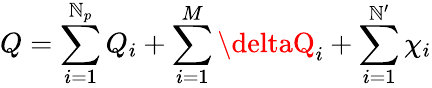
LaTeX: Q=\sum_{i=1}^{\mathbb{N}_{p}}Q_{i}+\sum_{i=1}^{M}\deltaQ_{i}+\sum_{i=1}^{\mathbb{N}^{\prime}}\chi_{i}